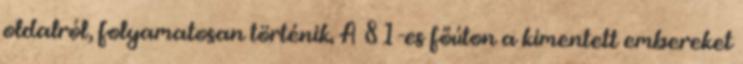
oldalról, folyamatosan történik. A 81-es főúton a kimentett embereket